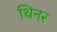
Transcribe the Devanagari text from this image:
थिनर